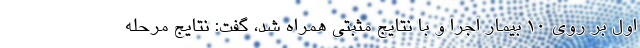
اول بر روی 10 بیمار اجرا و با نتایج مثبتی همراه شد، گفت: نتایج مرحله